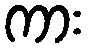
ကား